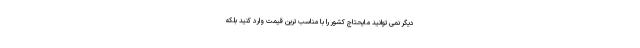
دیگر نمی توانید مایحتاج کشور را با مناسب ترین قیمت وارد کنید بلکه